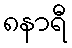
၈နာရီ